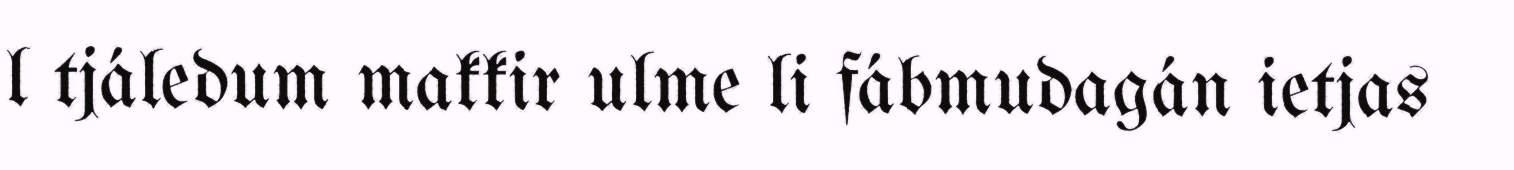
l tjáledum makkir ulme li fábmudagán ietjas